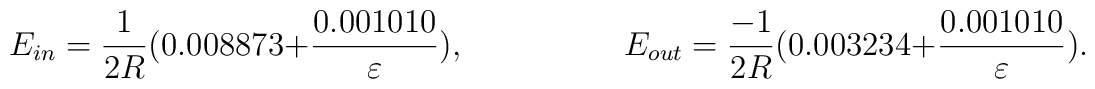
E_{in}=\frac{1}{2R}(0.008873+\frac{0.001010}{\varepsilon}),  \hspace{2cm}  E_{out}=\frac{-1}{2R}(0.003234+\frac{0.001010}{\varepsilon}).